Lunatic asylums Central Provinces reports 1895-1909 - 1895-1909
Year: 1895
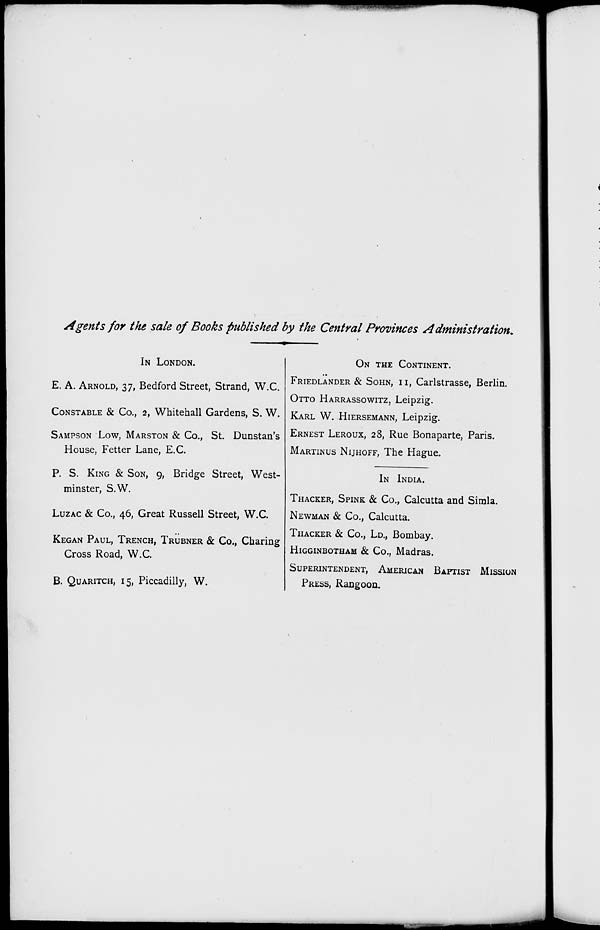
Agents for the sale of Books published by the Central Provinces Administration.
IN LONDON.
E. A. ARNOLD, 37, Bedford Street, Strand, W.C.
CONSTABLE & Co., 2, Whitehall Gardens, S. W.
SAMPSON LOW, MARSTON & Co., St. Dunstan's
House, Fetter Lane, E.C.
P. S. KING & SONE 9, Bridge Street, West-
minster, S.W.
LUZAC & Co., 46, Great Russell Street, W.C.
KEGAN PAUL, TRENCH, TRÜBNER & Co., Charing
Cross Road, W.C.
B. QUARITCH, 15, Piccadilly, W.
ON THE CONTINENT.
FRIEDLÄNDER & SOHN, II, Carlstrasse, Berlin.
OTTO HARRASSOWITZ, Leipzig.
KARL W. HIERDEMANN, Leipzig.
ERNEST LEROUX, 28, Rue Bonaparte, Paris.
MARTINUS NIJHOFF, The Hague.
IN INDIA.
THACKER, SPINK & Co., Calcutta and Simla.
NEWMAN & Co., Calcutta.
THACKER & Co., LD., Bombay.
HIGGINBOTHAM & Co., Madras.
SUPERINTENDENT, AMERICAN BAPTIST MISSION
PRESS, Rangoon.